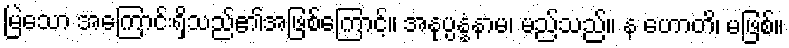
မြဲသော အကြောင်းရှိသည်၏အဖြစ်ကြောင့်။ အနုပ္ပန္နံနာမ၊ မည်သည်။ န ဟောတိ၊ မဖြစ်။